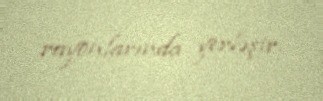
rayonlarında yerləşir.